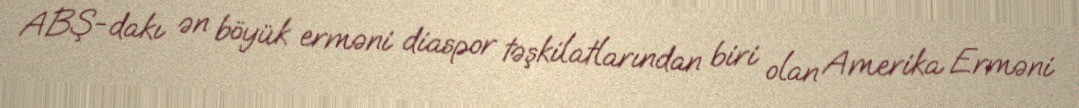
ABŞ-dakı ən böyük erməni diaspor təşkilatlarından biri olan Amerika Erməni